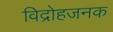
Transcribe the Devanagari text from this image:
विद्रोहजनक